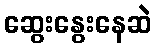
ဆွေးနွေးနေဆဲ